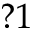
? 1